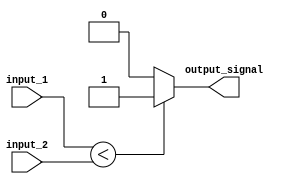
module less_than_comparator (
    input wire [7:0] input_1,
    input wire [7:0] input_2,
    output reg output_signal
);

always @(*) begin
    if (input_1 < input_2) begin
        output_signal = 1;
    end else begin
        output_signal = 0;
    end
end

endmodule